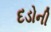
દડોની